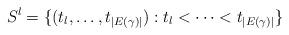
LaTeX: \begin{align*} S_{}^l = \{(t_l , \dots , t_{|E(\gamma)|}): t_l < \dots < t_{|E(\gamma)|}\}\end{align*}